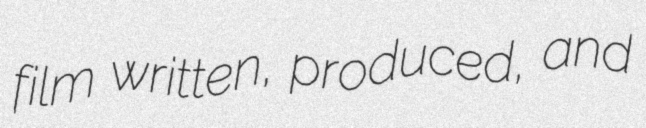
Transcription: film written, produced, and